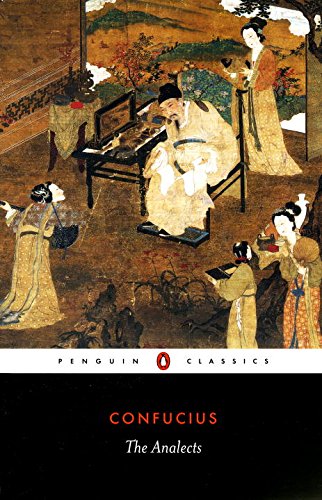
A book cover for The Analects (Penguin Classics); Confucius; Religion & Spirituality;